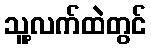
သူ့လက်ထဲတွင်